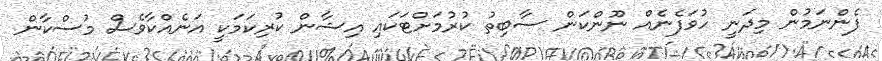
ފެންނަމުން މިދަނީ ހުވަފެނެއް ނޫންކަން ސާބިތު ކުރުމަށްޓަކައި އިޝާން ކުރިކަމަކީ އަނެއްކާވެސް މުސްކާން